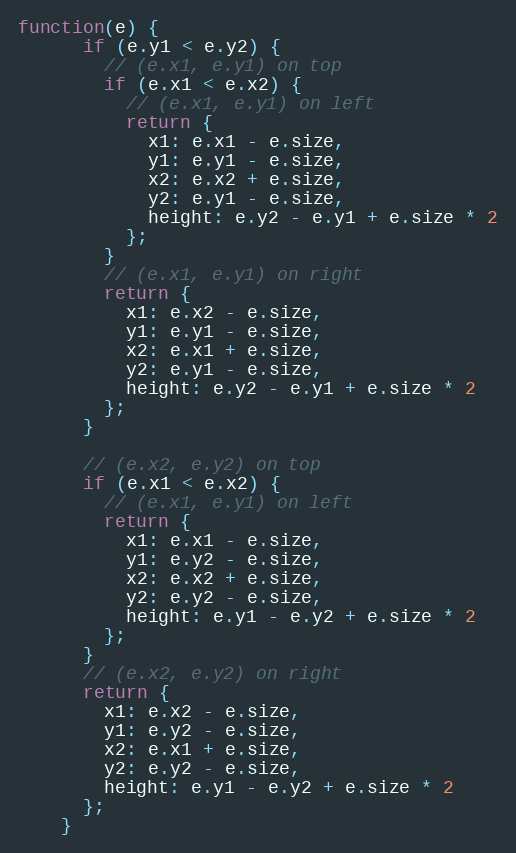
Language: JavaScript
function(e) {
      if (e.y1 < e.y2) {
        // (e.x1, e.y1) on top
        if (e.x1 < e.x2) {
          // (e.x1, e.y1) on left
          return {
            x1: e.x1 - e.size,
            y1: e.y1 - e.size,
            x2: e.x2 + e.size,
            y2: e.y1 - e.size,
            height: e.y2 - e.y1 + e.size * 2
          };
        }
        // (e.x1, e.y1) on right
        return {
          x1: e.x2 - e.size,
          y1: e.y1 - e.size,
          x2: e.x1 + e.size,
          y2: e.y1 - e.size,
          height: e.y2 - e.y1 + e.size * 2
        };
      }

      // (e.x2, e.y2) on top
      if (e.x1 < e.x2) {
        // (e.x1, e.y1) on left
        return {
          x1: e.x1 - e.size,
          y1: e.y2 - e.size,
          x2: e.x2 + e.size,
          y2: e.y2 - e.size,
          height: e.y1 - e.y2 + e.size * 2
        };
      }
      // (e.x2, e.y2) on right
      return {
        x1: e.x2 - e.size,
        y1: e.y2 - e.size,
        x2: e.x1 + e.size,
        y2: e.y2 - e.size,
        height: e.y1 - e.y2 + e.size * 2
      };
    }